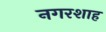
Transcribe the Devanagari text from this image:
नगरशाह